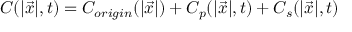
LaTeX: C ( | \vec { x } | , t ) = C _ { o r i g i n } ( | \vec { x } | ) + C _ { p } ( | \vec { x } | , t ) + C _ { s } ( | \vec { x } | , t )